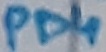
Text: PD4